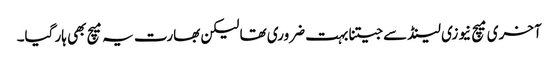
آخری میچ نیوزی لینڈ سے جیتنا بہت ضروری تھا لیکن بھارت یہ میچ بھی ہار گیا۔